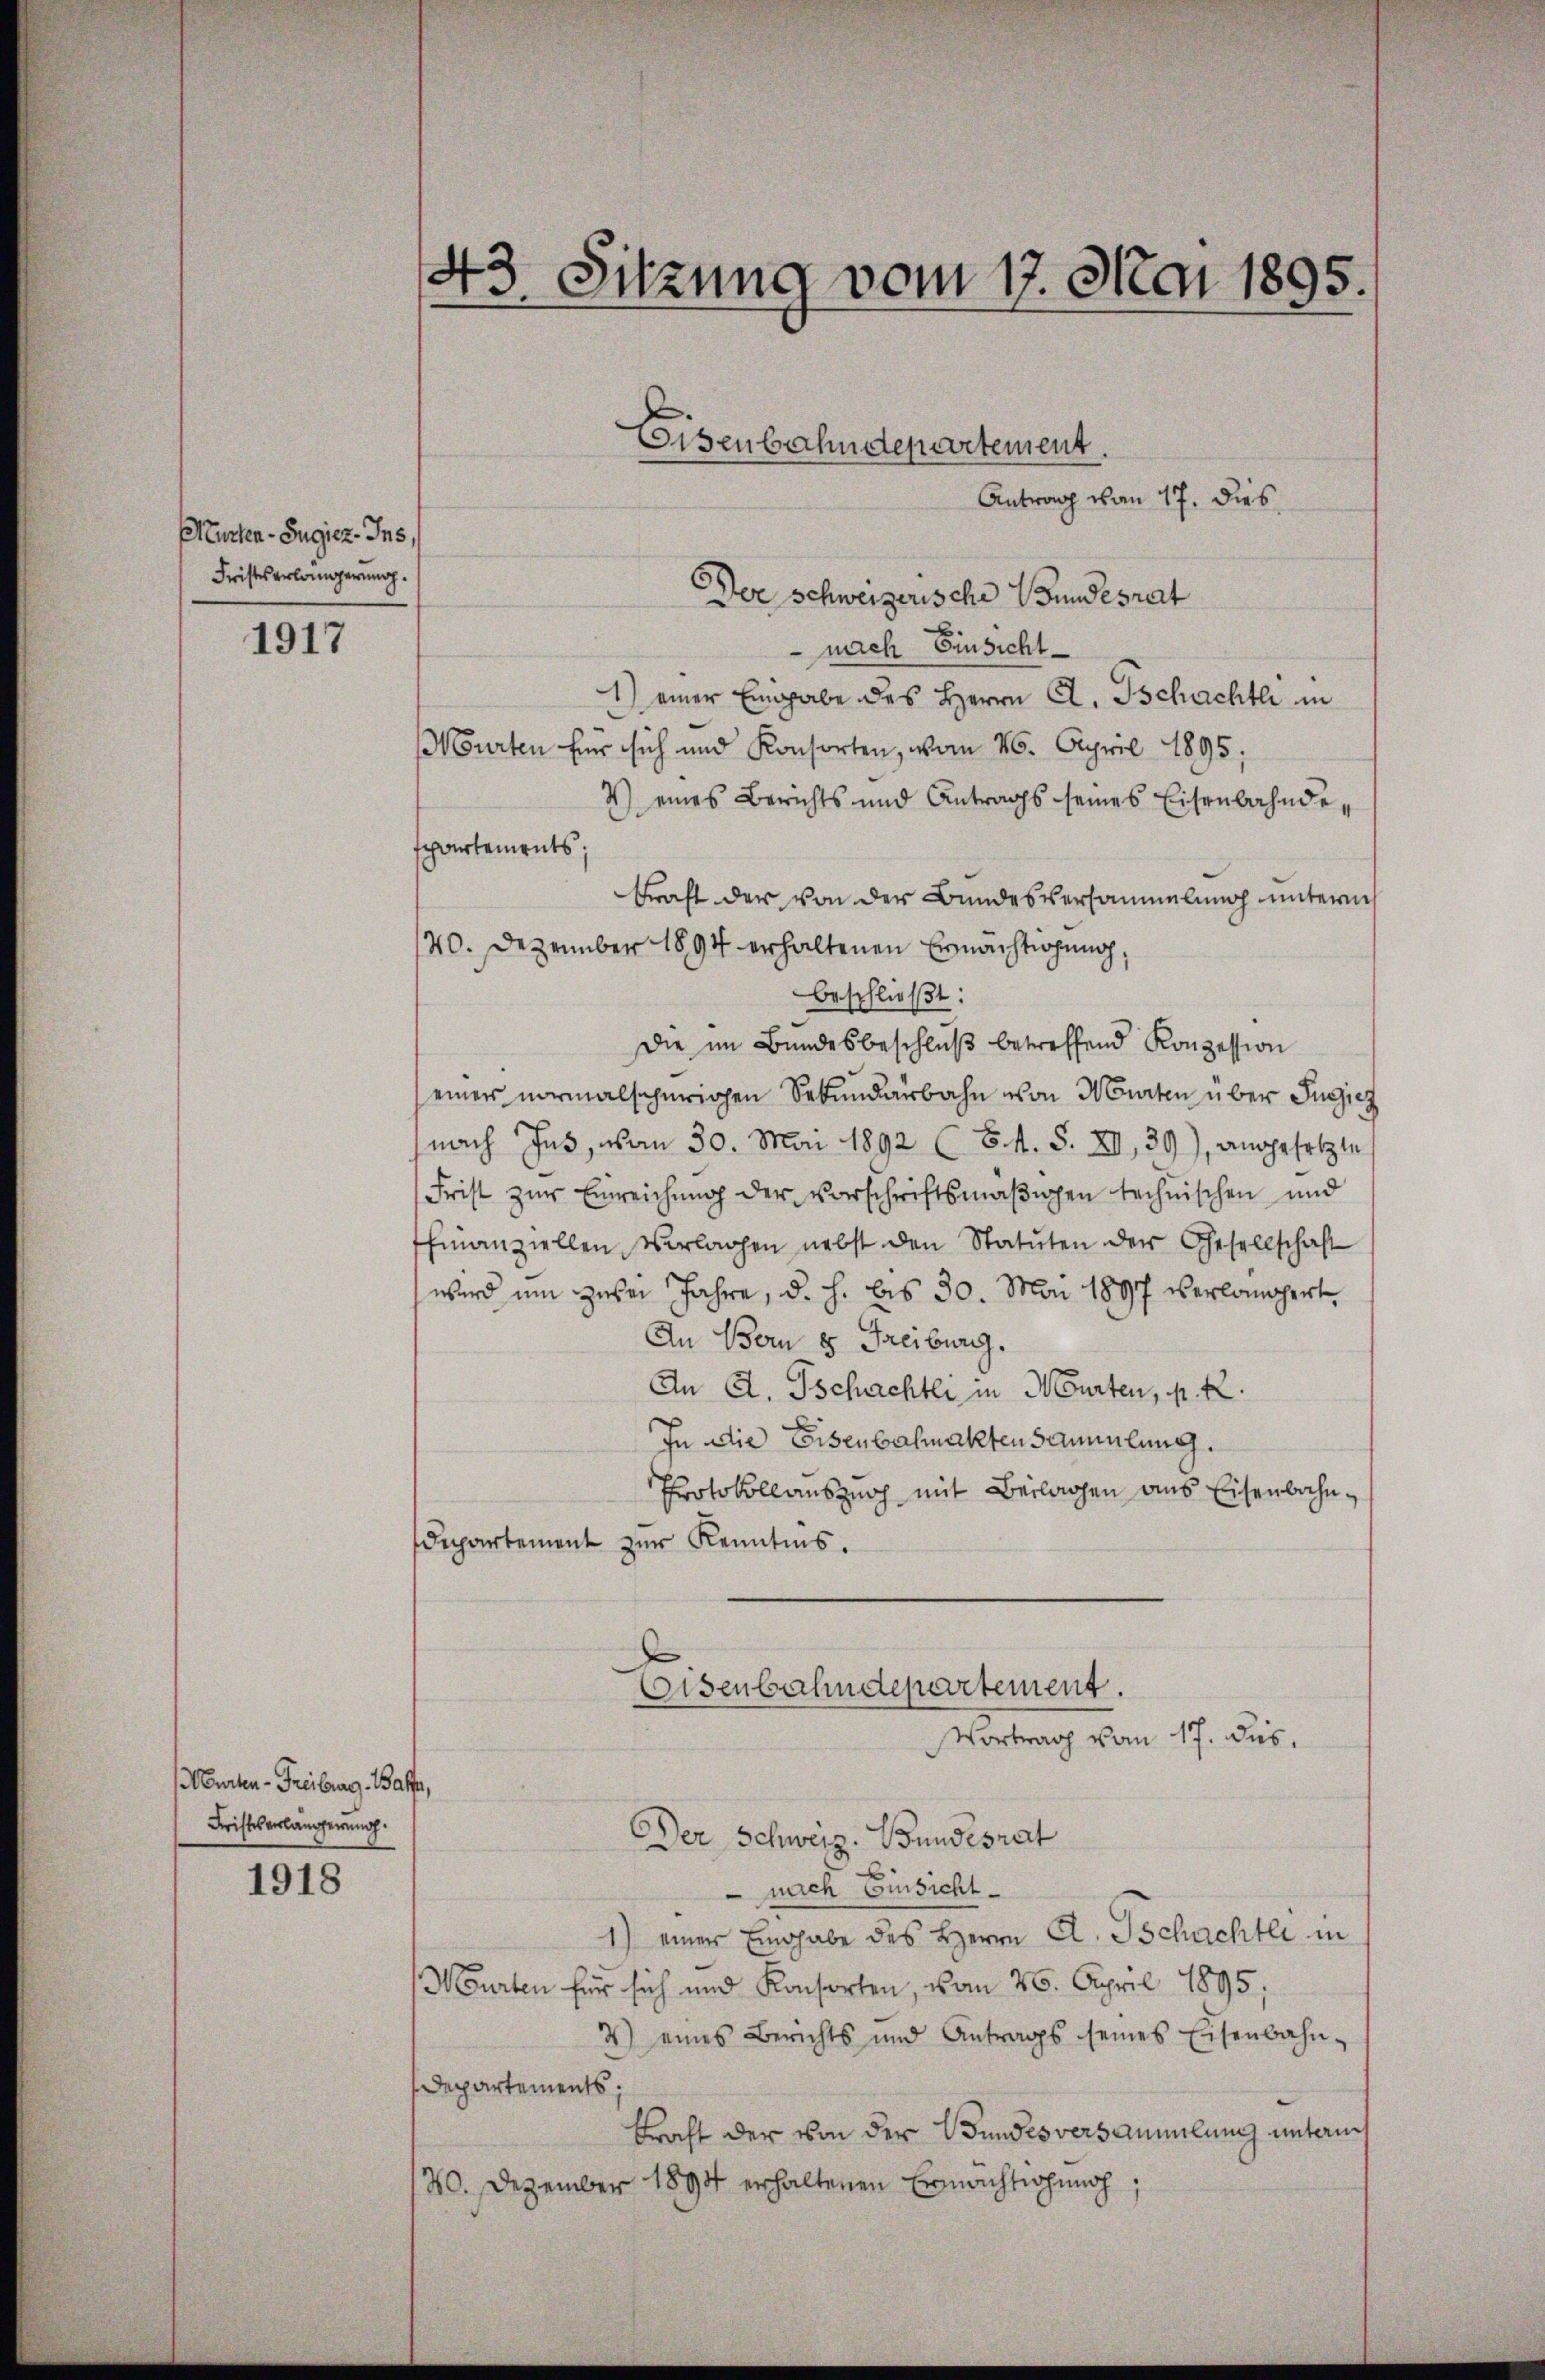
Murten-Bugier. Ins
Fristes erlängerung.

1917

Murten-Freiburg Baffe,
Fristes erlängerung.

1918

43. Sitzung vom 17. Mai 1895.

Antrag von 17. dies
Der Schweizerische Bundesrat
nach Einsicht
1) einer Eingabe des Herrn C. Tschachtli in
ourten für sich und Konsorten, vom 26. April 1895;
V) eines Berichts und Antrags seines Eisenbahndeppartements;
kraft der von der Bundesversammlung unterm
140. Dezember 1894 erhaltenen Ermächtigung,
beschließt:
die im Bundesbeschluß betreffend Konzession
einer vormalscherigen Sekundärbahn von Marten über Jusiez
nach Jus, vom 30. Mai 1892 (6. f. S. XI, 39), angesetzte
Frist zŭr Einreichung der vorschriftsmäβigen technischen und
finanziellen Vorlagen nebst den Statuten der Gesellschaft
wird um zwei Jahre, d. h. bis 30. Mai 1897 verlangert
An Bern 8 Freiburg.
An A. Tschachtli in Murten, N. K.
In die Eisenbahnaktensammlung.
Protokollauszusch mit Beilagen aus Eisenbahndepartement zŭr Kenntnis.
x
Eisenbahndepartement.
Vortrag vom 17. dus.
DDer Schweiz. Bundesrat
e
 nach Einsicht¬
1) einer Eingabe des Herrn A. Tschachtli in
Murten für sich und Konsorten, vom 26. April 1895;
2) eines Berichts und Antrags seines Eisenbahn-
Departements;
kraft der von der Bundesversammlung untaus
20. Dezember 1894 erhaltenen Ermächtigung,

Eisenbahndepartement.